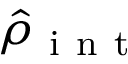
\hat { \rho } _ { \mathrm { ~ i ~ n ~ t ~ } }